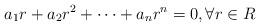
LaTeX: \begin{align*}a_1 r + a_2 r^2 + \cdots + a_n r^n = 0, \forall r \in R\end{align*}